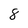
Character: 8